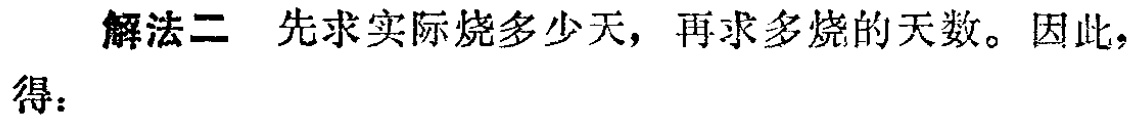
解法二 先求实际烧多少天，再求多烧的天数。因此，得：